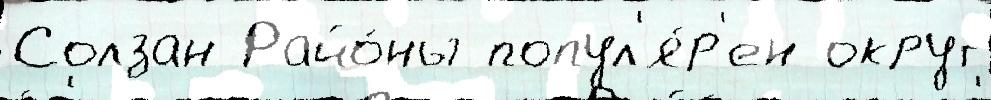
Солзан Райо́ны попул'я́р'ен округ